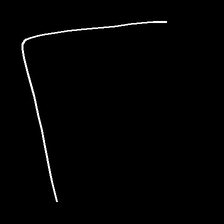
Glyph: region